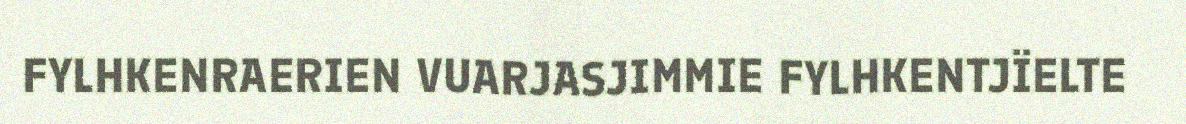
FYLHKENRAERIEN VUARJASJIMMIE FYLHKENTJÏELTE